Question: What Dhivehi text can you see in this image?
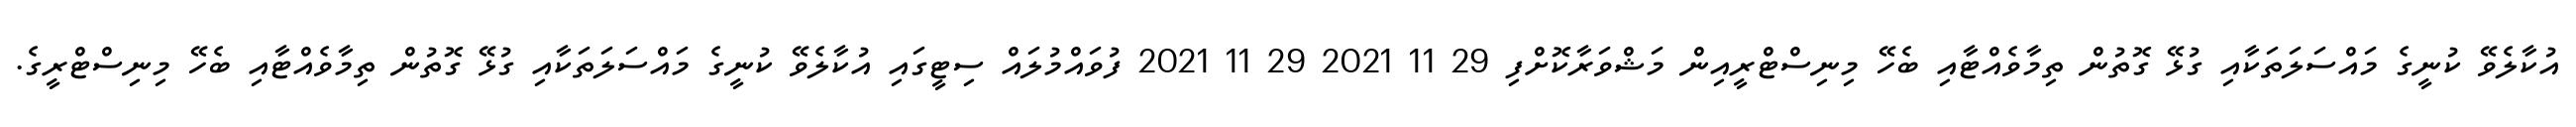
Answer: އުކާލެވޭ ކުނީގެ މައްސަލަތަކާއި ގުޅޭ ގޮތުން ތިމާވެއްޓާއި ބެހޭ މިނިސްޓްރީއިން މަޝްވަރާކޮށްފި 29 11 2021 29 11 2021 ފުވައްމުލައް ސިޓީގައި އުކާލެވޭ ކުނީގެ މައްސަލަތަކާއި ގުޅޭ ގޮތުން ތިމާވެއްޓާއި ބެހޭ މިނިސްޓްރީގެ.